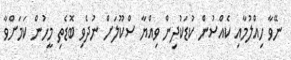
ނޭވާ ހިއްލުމާއި ކެއްސުން ކުޑަކުދިން ވިއްޔާ ސްކޫލަށް ނުދެވި ބޮޑެތި މީހުން ކަމަށްވާ